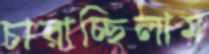
চারাচ্ছিলাম